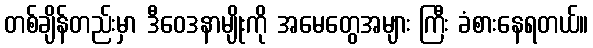
တစ်ချိန်တည်းမှာ ဒီဝေဒနာမျိုးကို အမေတွေအများ ကြီး ခံစားနေရတယ်။